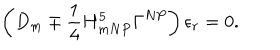
\left( D _ { m } \mp \frac { 1 } { 4 } H _ { m N P } ^ { 5 } \Gamma ^ { N P } \right) \epsilon _ { r } = 0 .